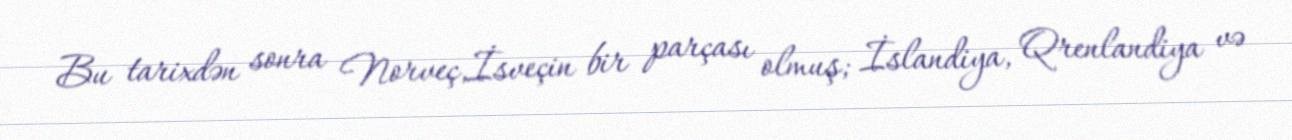
Bu tarixdən sonra Norveç,İsveçin bir parçası olmuş; İslandiya, Qrenlandiya və